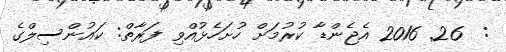
:  26